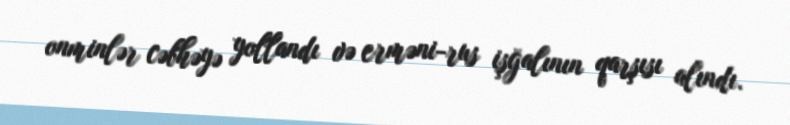
onminlər cəbhəyə yollandı və erməni-rus işğalının qarşısı alındı.